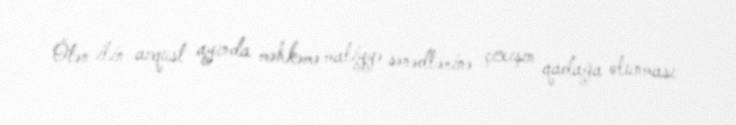
Ötən ilin avqust ayında məhkəmə maliyyə sənədlərinə çıxışın qadağa olunması